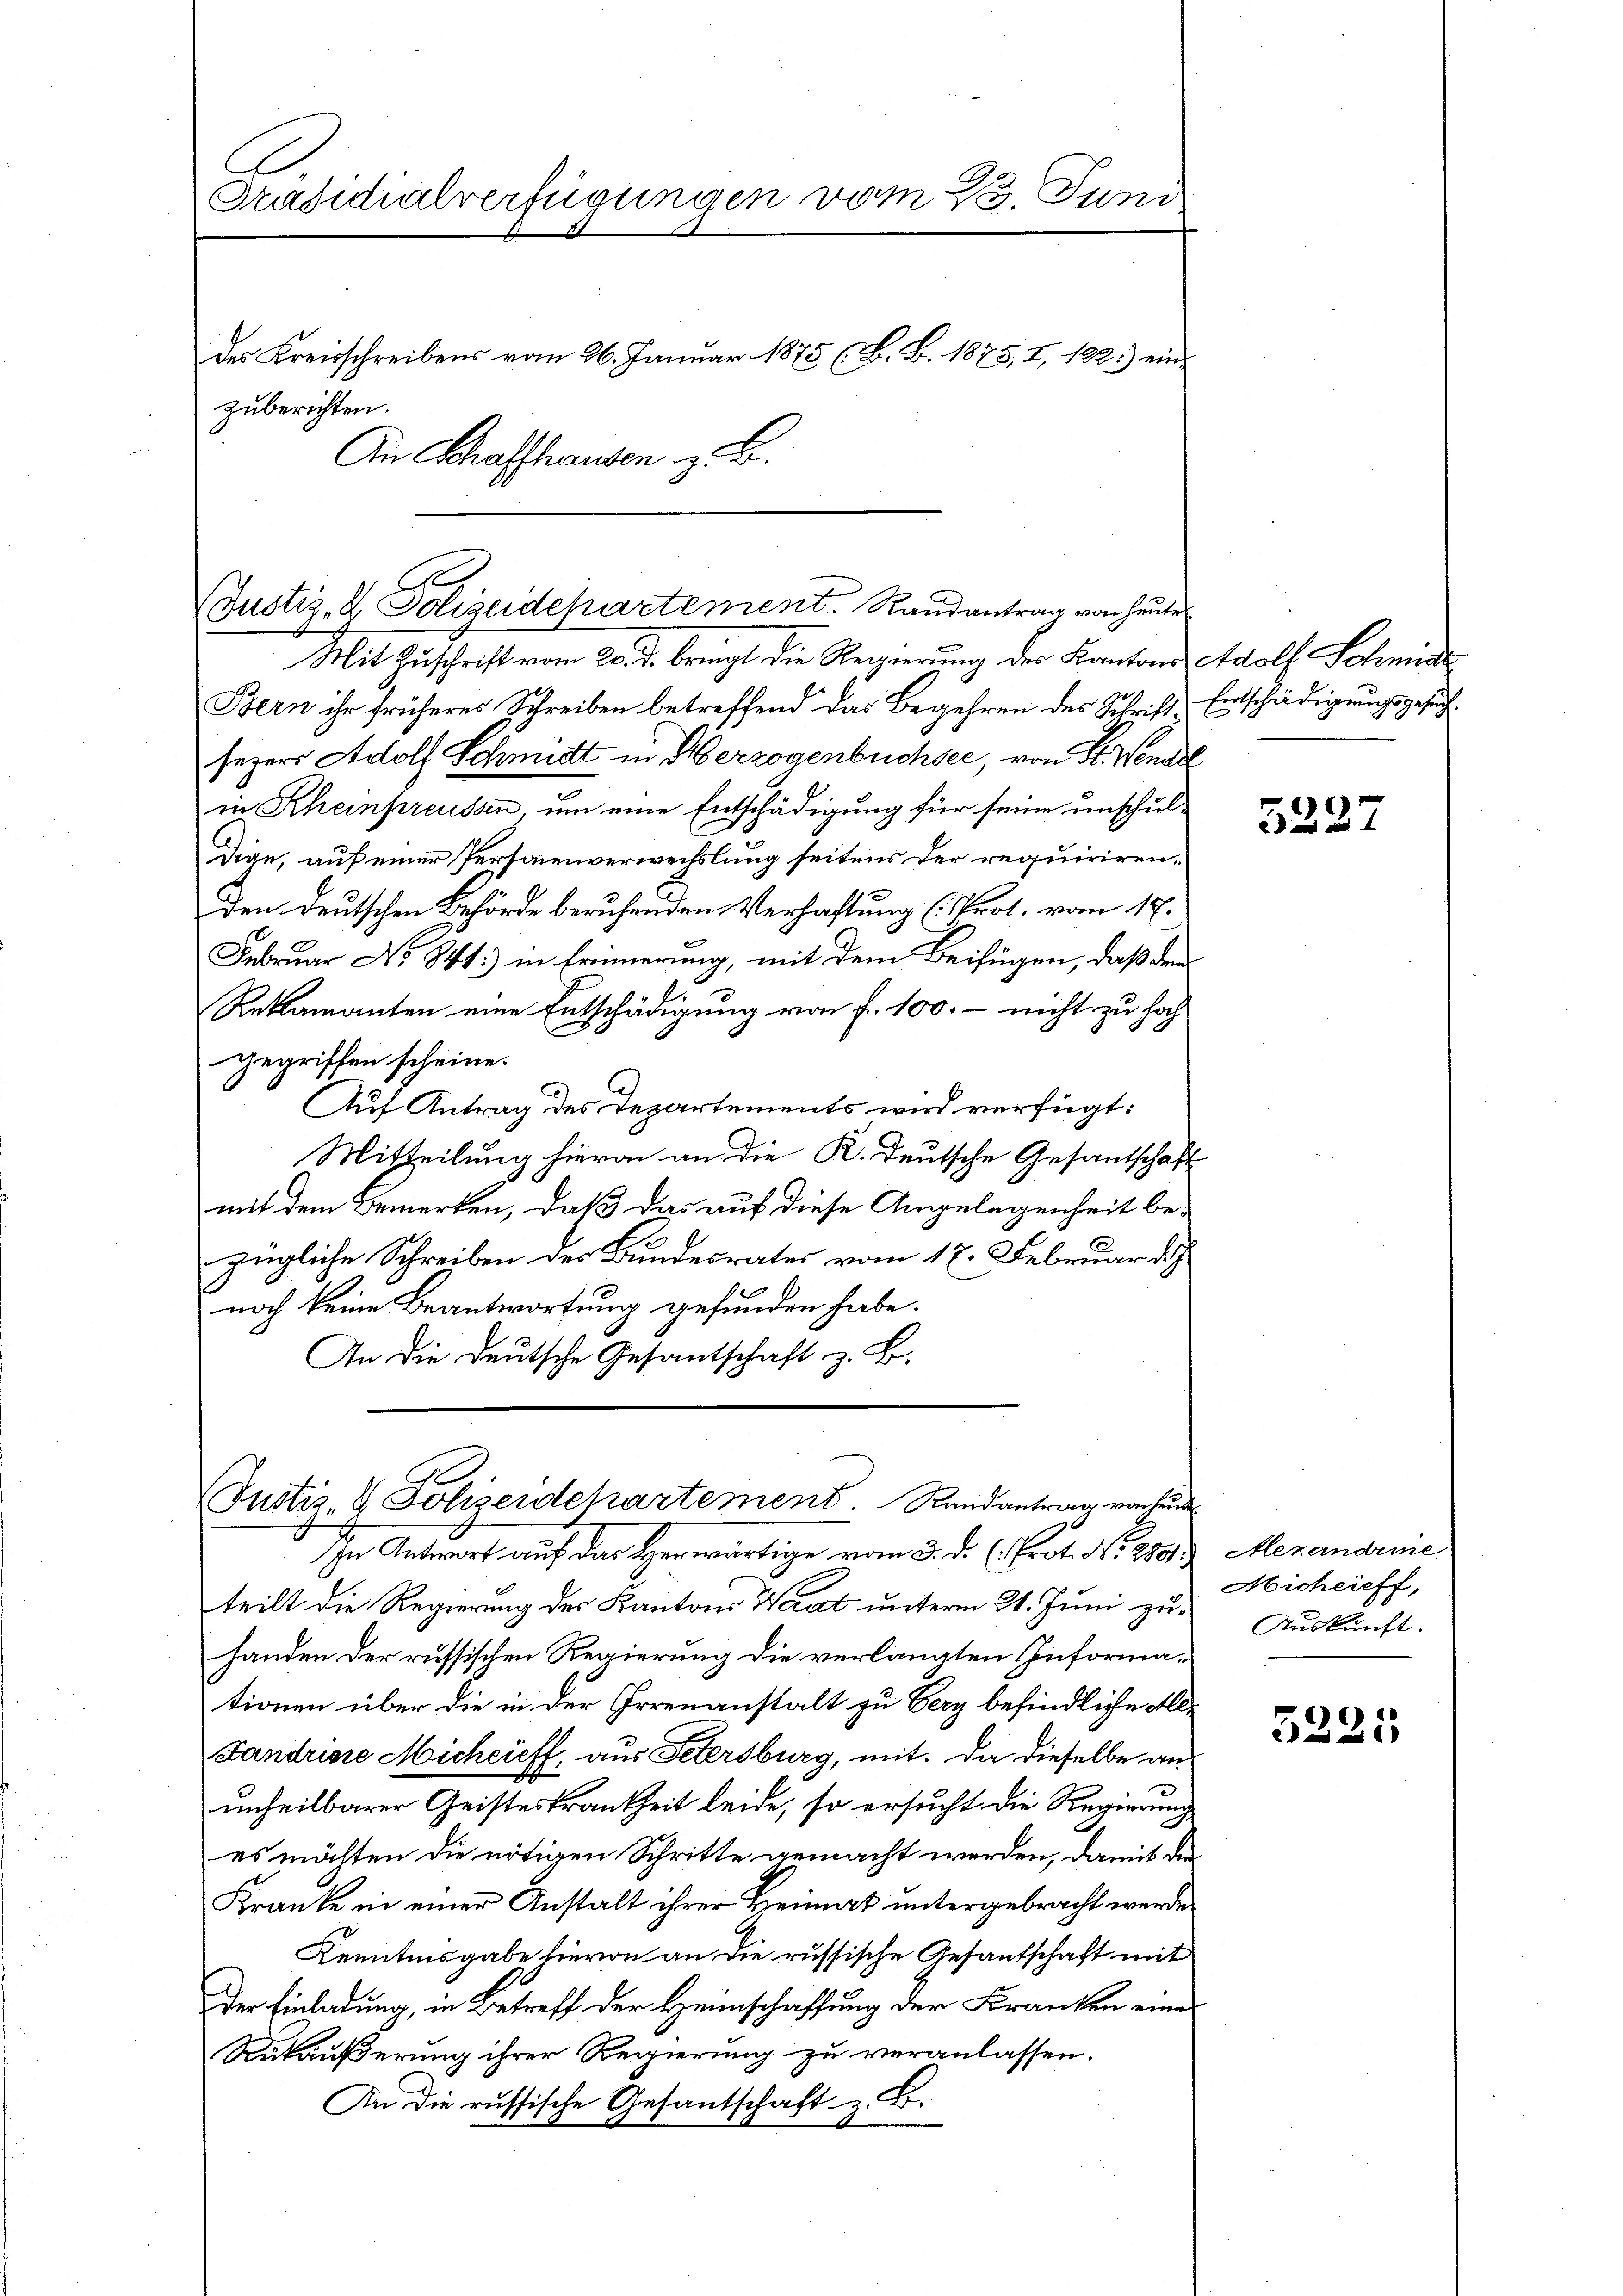
C
Präsidialverfügungen vom 23. Juni
des Kreisschreibens vom 26. Januar 1875 (B. B. 1875, I, 182.) ein-
zuberichten.
An Schaffhausen z. B.

Justiz- & Polizeidepartement. Randantrag von heute

Mit Zuschrift vom 20. d. bringt die Regierung des Kantons Adolf Schmide
Bern ihr früheres Schreiben betreffend das Begehren des Schrift, Entschädigungsgesuchsezers Adolf Schmidt in Herzogenbüchsee, von Sr. Wendel
in Rheinpreussen, um eine Entschädigung für seine unschul¬
Dige, auf einer Personenverwechslung seitens der requirirenden deutschen Behörde beruhenden Verhaftung (Prot. vom 17.
Februar No 841.) in Erinnerung, mit dem Beifügen, daß dem
Reklamanten eine Entschädigung von f. 100. - nicht zu hoch-
gegriffen scheine.
Auf Antrag des Departements wird verfügt:
Mitteilung hievon an die K. Deutsche Gesandtschaft
mit dem Bemerken, daß das auf diese Angelegenheit be-
zügliche Schreiben des Bundesrates vom 17. Februar di
e
noch keine Beantwortung gefunden habe.
An die Deutsche Gesantschaft z. B.

Justiz- & Polizeidepartement. Randantrag vorhand
In Antwort auf das Herwärtige vom 3. d. h. Prot. No. 2893

teilt die Regierung des Kantons Waat unterm 21. Juni zuhanden der russischen Regierung die verlangten Informationen über die in der Irrenanstalt zu Verz befindliche all¬
Fandrisse Michcieff, aus Petersburg, mit. Da dieselbe anunheilbarer Geisteskrankheit leide, so ersucht die Regierung,
es möchten die nötigen Schritte gemacht werden, damit die
Kranke in einer Anstalt ihrer Heimat untergebracht werde
Kenntnisgabe hievon an die russische Gesantschaft mit
Der Einladung, in Betreff der Heimschaffung der Kranken eine
Rükäußerung ihrer Regierung zu veranlassen.
An die russische Gesantschaft z. B.

5227

Merandune
Michrieff,
Auskunft.

5221